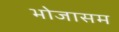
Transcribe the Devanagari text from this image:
भोजासम